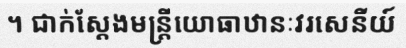
។ ជាក់ស្តែងមន្ត្រីយោធាឋានៈវរសេនីយ៍